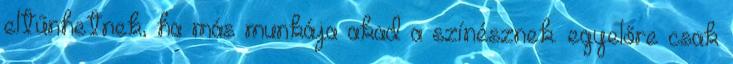
eltűnhetnek, ha más munkája akad a színésznek. egyelőre csak